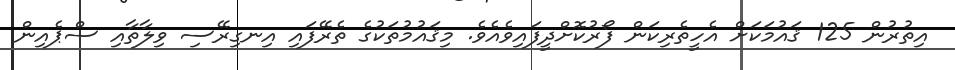
އިތުރުން 125 ޤައުމަކަށް އެހީތެރިކަން ފޯރުކޮށްދީފައިވެއެވެ. މިޤައުމުތަކުގެ ތެރޭފައި އިނގިރޭސި ވިލާތާއި ސްޕެއިން